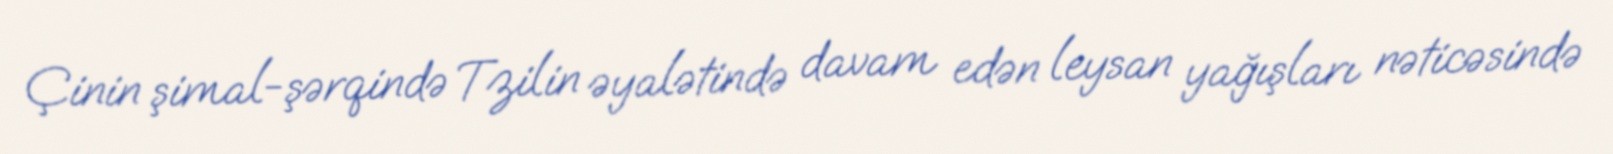
Çinin şimal-şərqində Tzilin əyalətində davam edən leysan yağışları nəticəsində